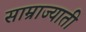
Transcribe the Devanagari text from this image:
साम्राज्याती